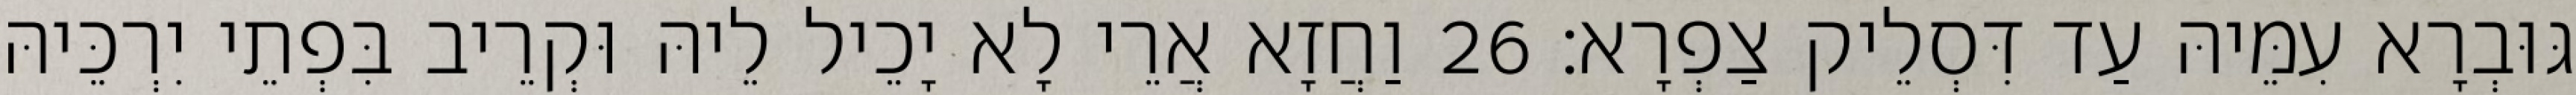
גּוּבְרָא עִמֵּיהּ עַד דִּסְלֵיק צַפְרָא׃ 26 וַחֲזָא אֲרֵי לָא יָכֵיל לֵיהּ וּקְרֵיב בִּפְתֵי יִרְכֵּיהּ